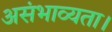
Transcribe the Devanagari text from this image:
असंभाव्यता।